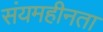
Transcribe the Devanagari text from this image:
संयमहीनता